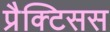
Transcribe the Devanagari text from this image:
प्रैक्टिसस